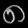
Digit: ၈